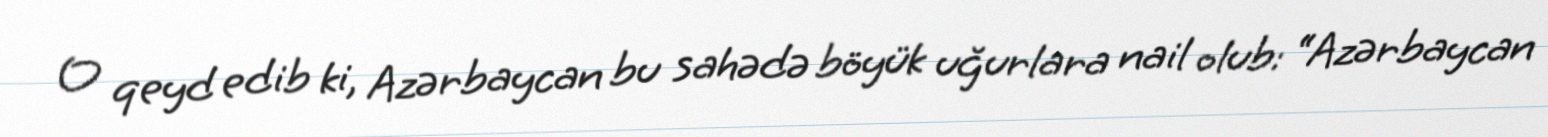
O qeyd edib ki, Azərbaycan bu sahədə böyük uğurlara nail olub: “Azərbaycan